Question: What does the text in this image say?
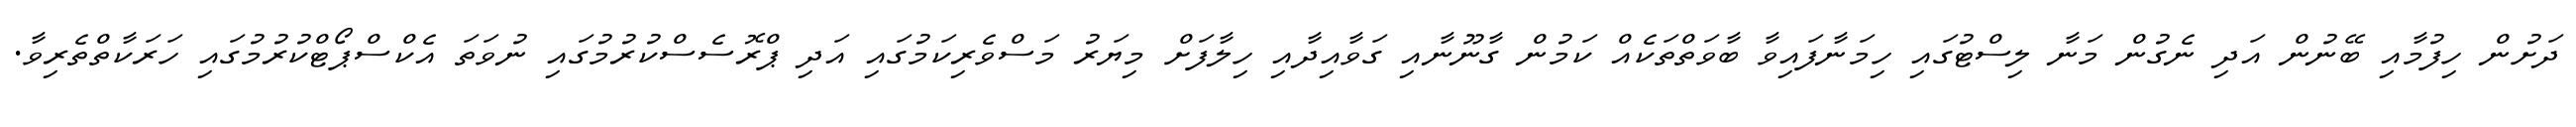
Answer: ދަށުން ހިފުމާއި ބޭނުން އަދި ނެގުން މަނާ ލިސްޓުގައި ހިމަނާފައިވާ ބާވަތްތަކެއް ކަމުން ގާނޫނާއި ގަވާއިދާއި ހިލާފަށް މިޔަރު މަސްވެރިކަމުގައި އަދި ޕްރޮސެސްކުރުމުގައި ނުވަތަ އެކްސްޕޯޓްކުރުމުގައި ހަރަކާތްތެރިވާ.